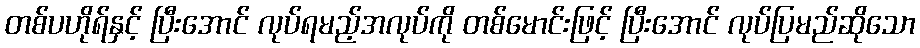
တစ်ပဟိုရ်နှင့် ပြီးအောင် လုပ်ရမည့်အလုပ်ကို တစ်မောင်းဖြင့် ပြီးအောင် လုပ်ပြမည်ဆိုသော